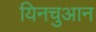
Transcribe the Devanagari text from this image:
यिनचुआन